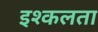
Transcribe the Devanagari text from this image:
इश्कलता